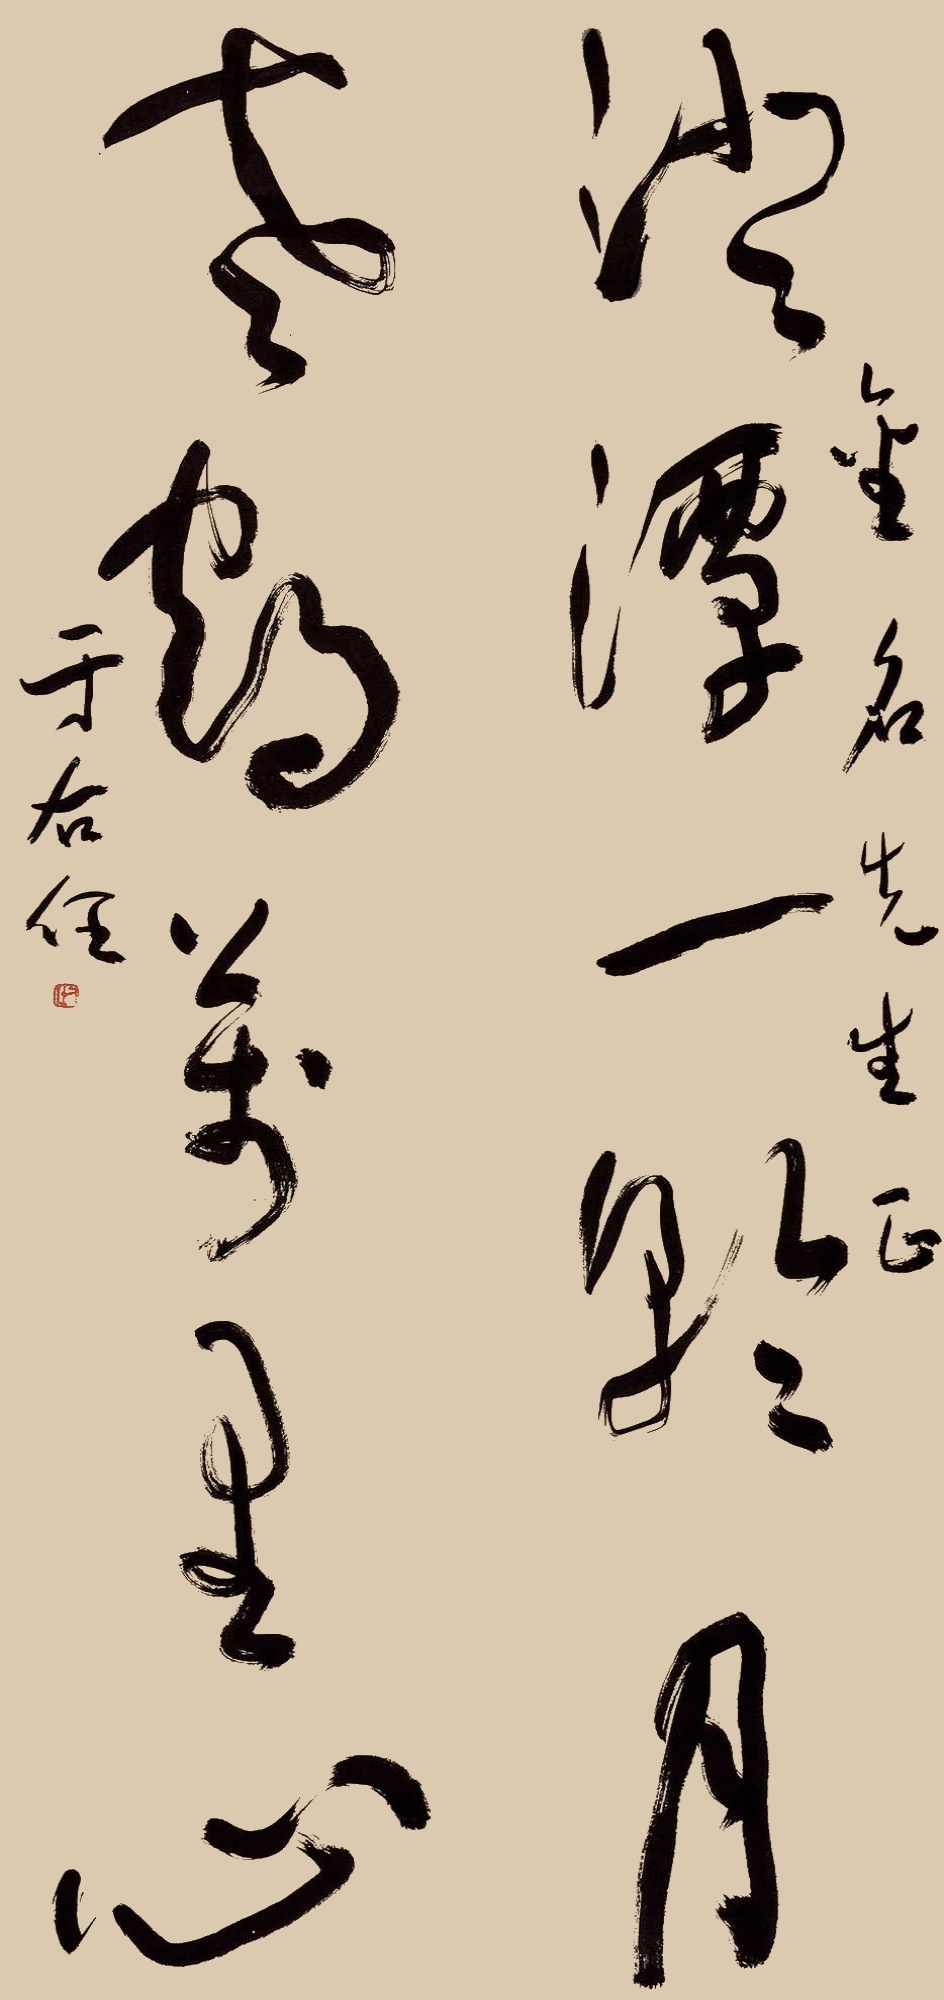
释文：沙潭一轮月，老鹤万里心。金名先生正，于右任。